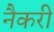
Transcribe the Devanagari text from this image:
नैकरी